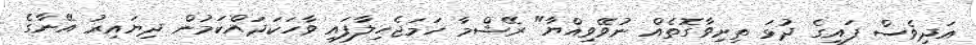
އަދިވެސް ފައިގެ ދުޅަ ތިރިވާގޮތެއް ނުވޭވިއްޔާ" ރޭޝްމާ ހަމަޖެހިލާފައި ވާހަކަދައްކަމުން ދިޔައިރު އޭނާގެ